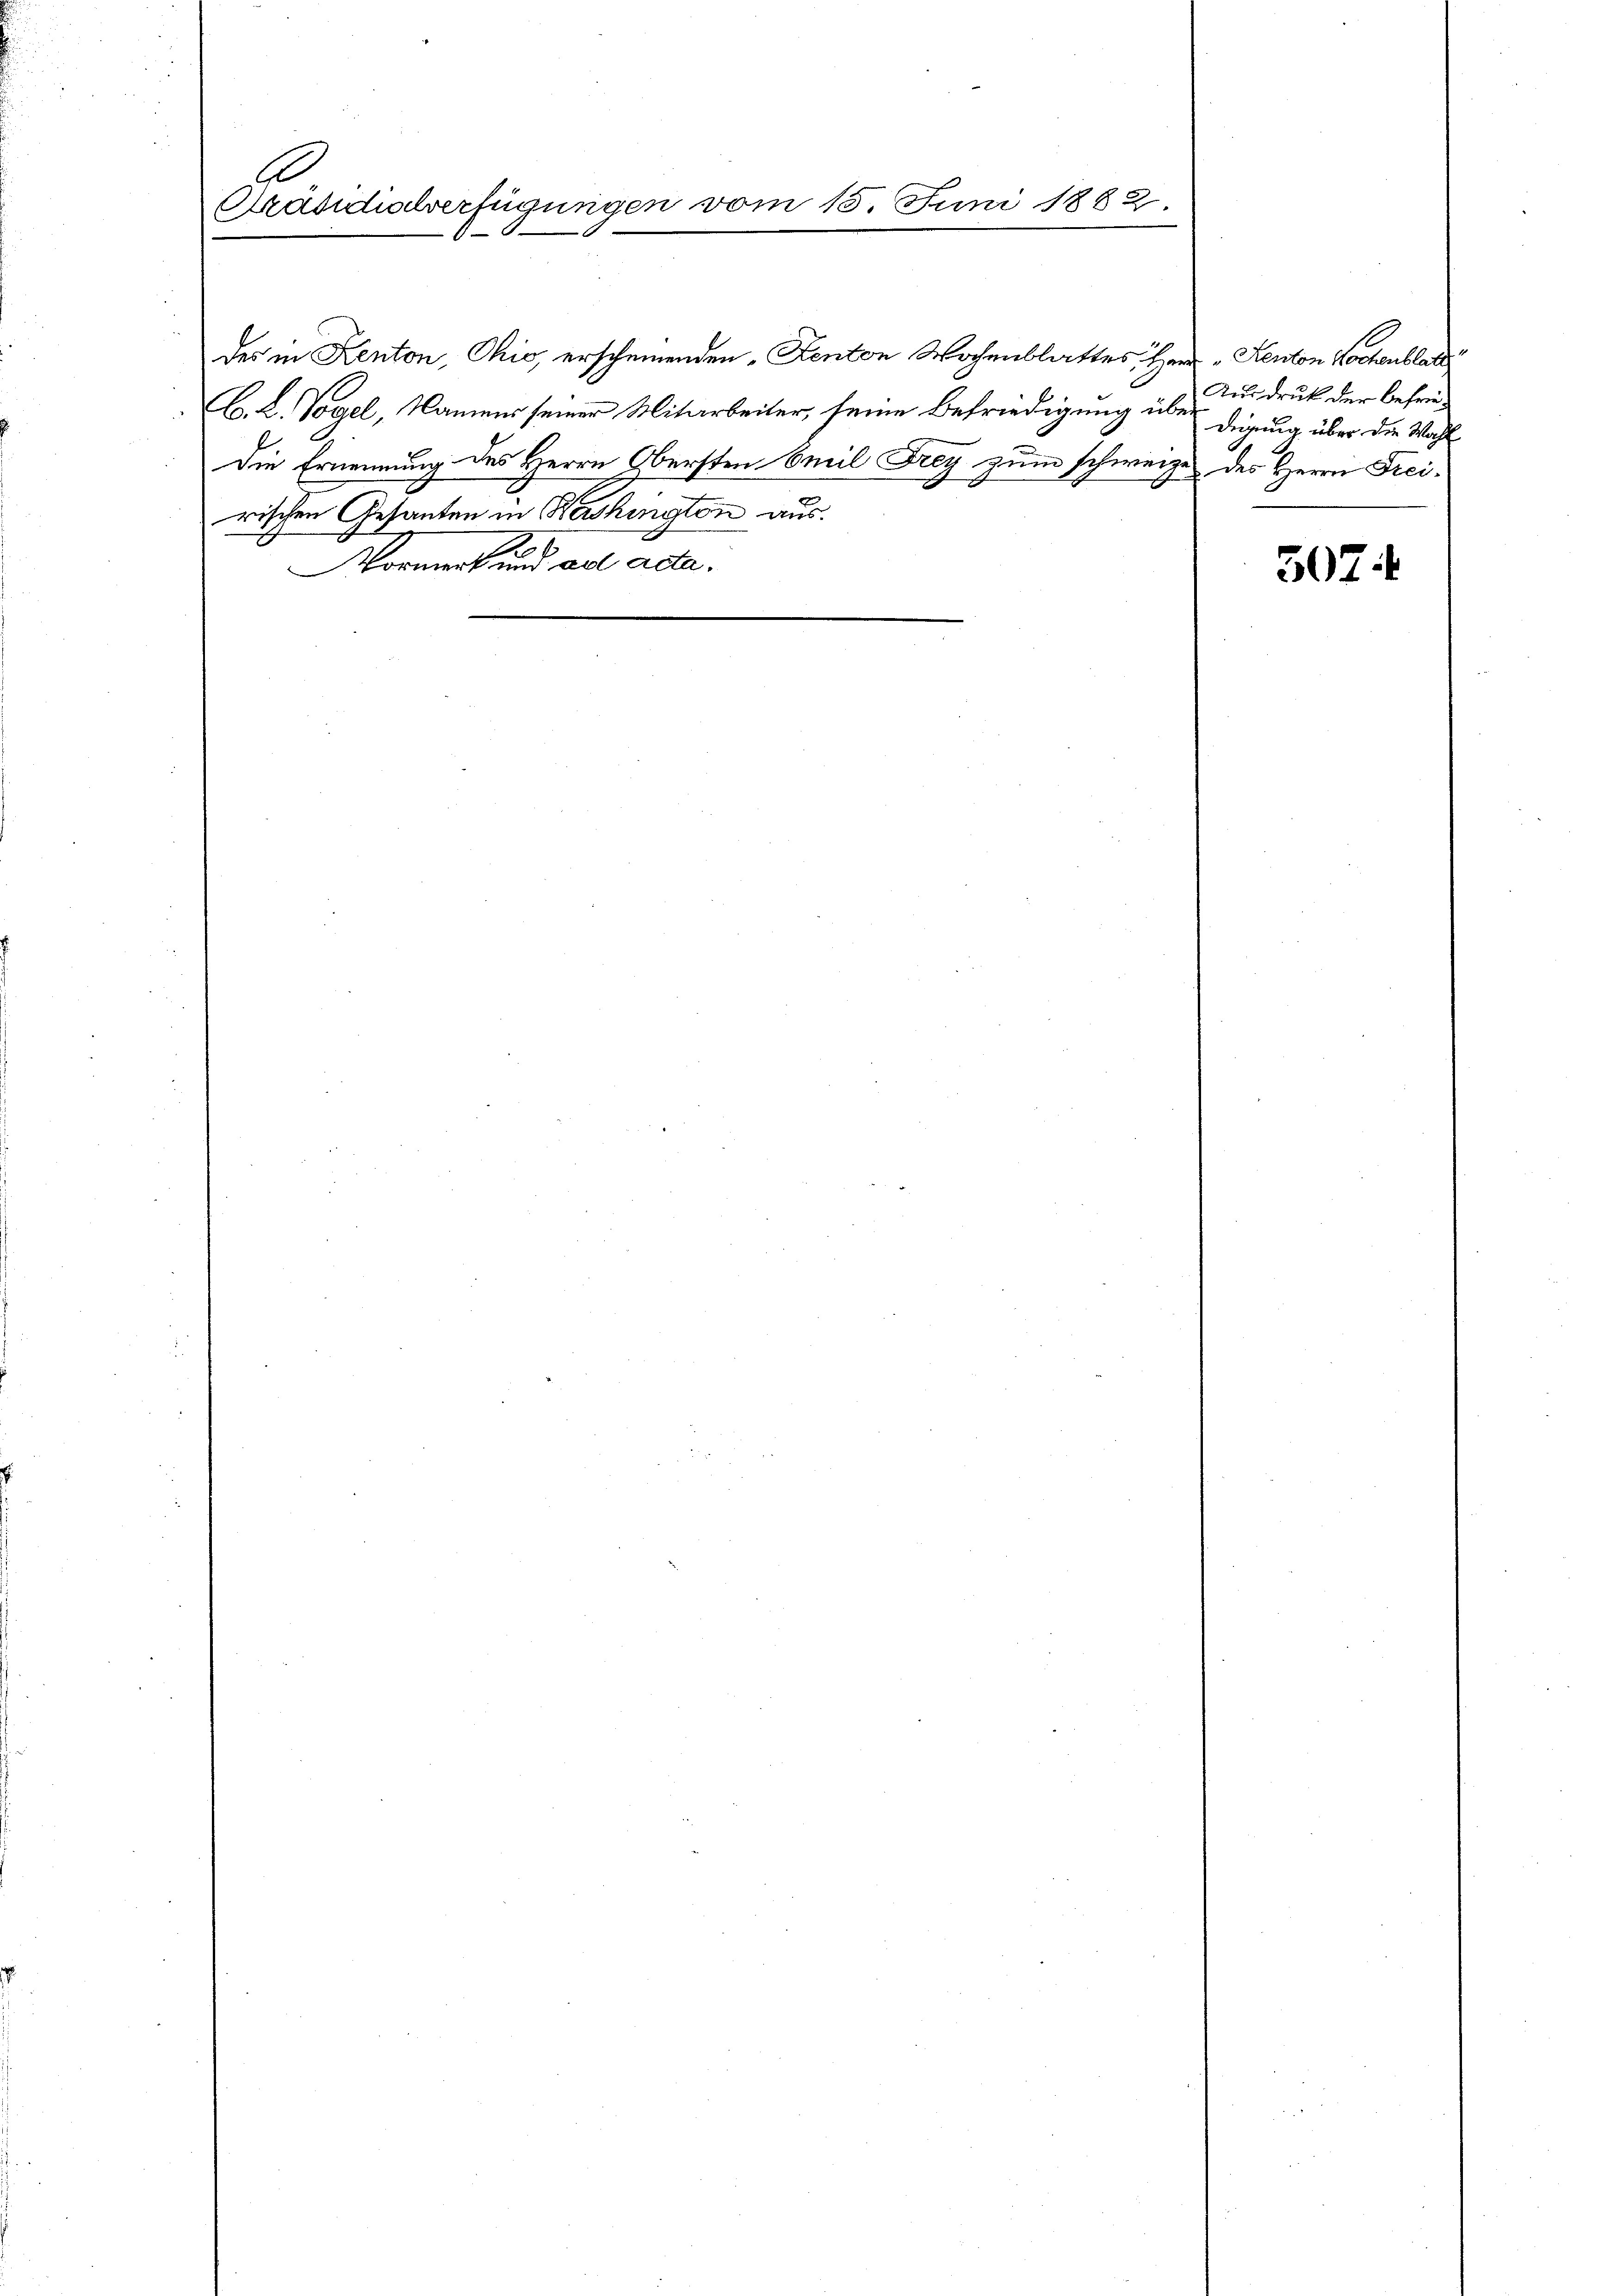
g
Präsidialverfügungen vom 15. Juni 1882.

des in Kenton, Ohio, erscheinenden „Kenton Wochenblattes Herrn Kenton Lochenblat
Cb. L. Vogel, Namens seiner Mitarbeiter, seine Befriedigung über digung über die Wahl¬
Die Ernennung des Herrn Obersten Emil Frey zum schweize des Herrn Freirischen Gesanten in Washington aus.
Norment und ad acta.

Ausdruck der befrie¬

5074